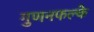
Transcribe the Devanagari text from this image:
गुणनफल्के